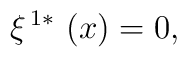
\xi ^{\,1\ast }\,\left( x\right) =0,